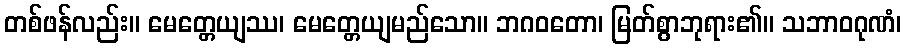
တစ်ဖန်လည်း။ မေတ္တေယျဿ၊ မေတ္တေယျမည်သော။ ဘဂဝတော၊ မြတ်စွာဘုရား၏။ သဘာဝဂုဏံ၊